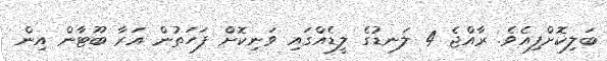
ބަލިކޮށްފިއެވެ. ރާއްޖެ 4 ލަނޑުގެ ލީޑެއްގައި ވަނިކޮށް ފަހަތުން އަރާ ބޫޓާން އިން